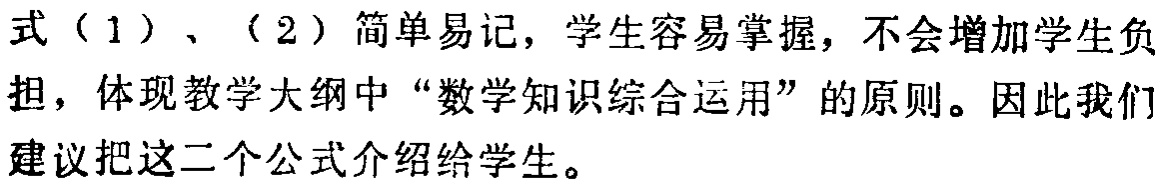
式（1）、（2）简单易记，学生容易掌握，不会增加学生负担，体现教学大纲中“数学知识综合运用”的原则。因此我们建议把这二个公式介绍给学生。